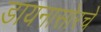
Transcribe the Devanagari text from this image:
डायनासोरचे